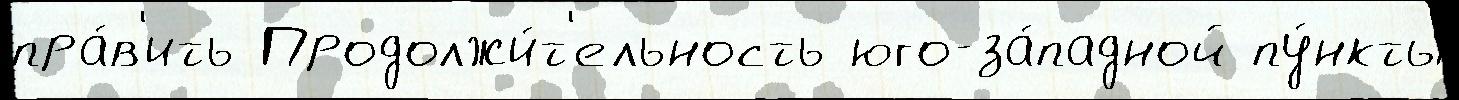
пра́в'ить Продолжи́т'ельность юго-за́падной пу́нкты